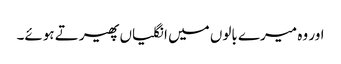
اور وہ میرے بالوں میں انگلیاں پھیرتے ہوئے۔